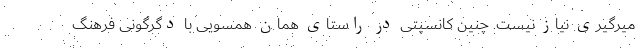
میرگیری نیاز نیست. چنین کانسپتی در راستای همان همسویی با دگرگونی فرهنگ